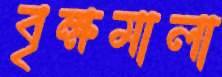
বৃক্ষমালা